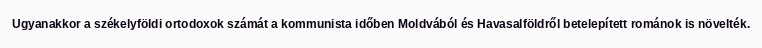
Ugyanakkor a székelyföldi ortodoxok számát a kommunista időben Moldvából és Havasalföldről betelepített románok is növelték.